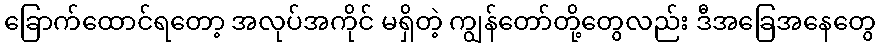
ခြောက်ထောင်ရတော့ အလုပ်အကိုင် မရှိတဲ့ ကျွန်တော်တို့တွေလည်း ဒီအခြေအနေတွေ